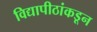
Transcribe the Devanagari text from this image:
विद्यापीठांकडून